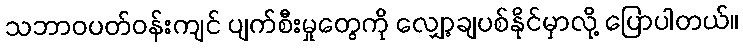
သဘာဝပတ်ဝန်းကျင် ပျက်စီးမှုတွေကို လျှော့ချပစ်နိုင်မှာလို့ ပြောပါတယ်။